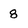
Character: 8